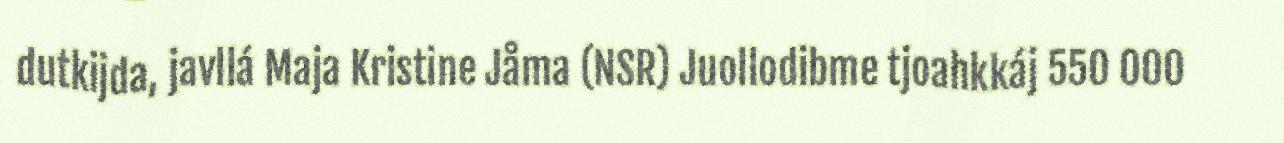
dutkijda, javllá Maja Kristine Jåma (NSR) Juollodibme tjoahkkáj 550 000